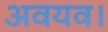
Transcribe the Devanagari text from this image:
अवयव।